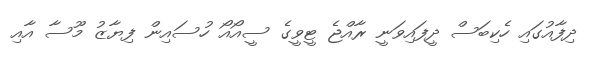
ދިފާއުގައި ހެކިބަސް ދީފައިވަނީ ރާއްޖެ ޓީވީގެ ސީއޯއޯ ހުސައިން ފިޔާޒު މޫސާ އާއި